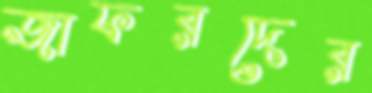
জাফরদের